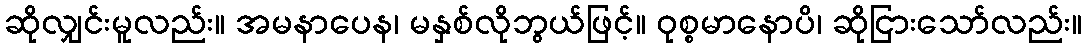
ဆိုလျှင်းမူလည်း။ အမနာပေန၊ မနှစ်လိုဘွယ်ဖြင့်။ ဝုစ္စမာနောပိ၊ ဆိုငြားသော်လည်း။